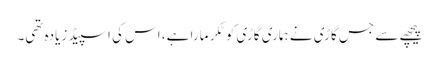
پیچھے سے جس گاڑی نے ہماری گاڑی کو ٹکر مارا ہے، اس کی اسپیڈ زیادہ تھی۔